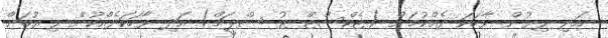
އަދި ލިޔުން ވާހަކަ ދެއްކުމަށް (ޓެކްސްޓް ޓު ސްޕީޗް) އަދި ވާހަކަދެއްކުން ލިޔުމަށް